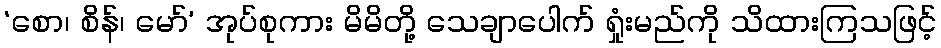
‘စော၊ စိန်၊ မော်’ အုပ်စုကား မိမိတို့ သေချာပေါက် ရှုံးမည်ကို သိထားကြသဖြင့်